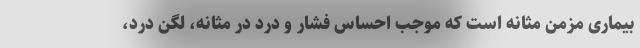
بیماری مزمن مثانه است که موجب احساس فشار و درد در مثانه، لگن درد،